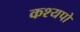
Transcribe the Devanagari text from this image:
कश्यपो